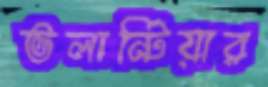
ভলান্টিয়ার